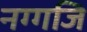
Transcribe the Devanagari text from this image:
नग्गजि